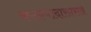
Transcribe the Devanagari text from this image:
काकपादासारखे